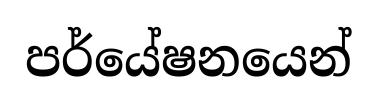
පර්යේෂනයෙන්